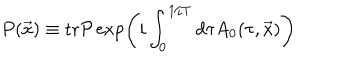
P ( \vec { x } ) \equiv \mathrm { t r } { \cal P } \exp \left( i \int _ { 0 } ^ { 1 / T } d \tau A _ { 0 } ( \tau , \vec { x } ) \right)